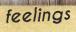
feelings